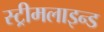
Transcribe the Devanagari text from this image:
स्ट्रीमलाइन्ड